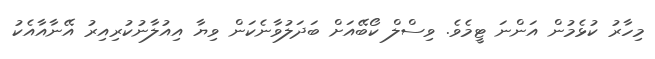
މިހާރު ކުޅެމުން އަންނަ ޓީމެވެ. ވިސްލް ކޯބޭއަށް ބަދަލުވާނެކަން ވިޔާ އިއުލާނުކުރިއިރު އޭނާއާއެކު